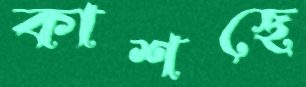
কাশছে